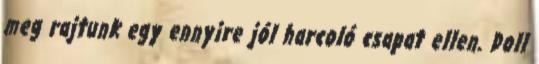
meg rajtunk egy ennyire jól harcoló csapat ellen. Doll